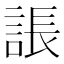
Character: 䛫